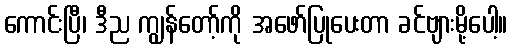
ကောင်းပြီ၊ ဒီည ကျွန်တော့်ကို အဖော်ပြုပေးတာ ခင်ဗျားမို့ပေါ့။